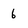
Character: 6